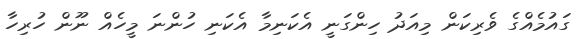
ގައުމެއްގެ ވެރިކަން މިއަދު ހިންގަނީ އެކަނިމާ އެކަނި ހުންނަ މީހެއް ނޫން ހުރިހާ